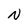
Character: N